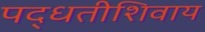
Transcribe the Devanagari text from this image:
पद्धतीशिवाय